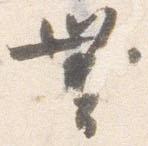
無